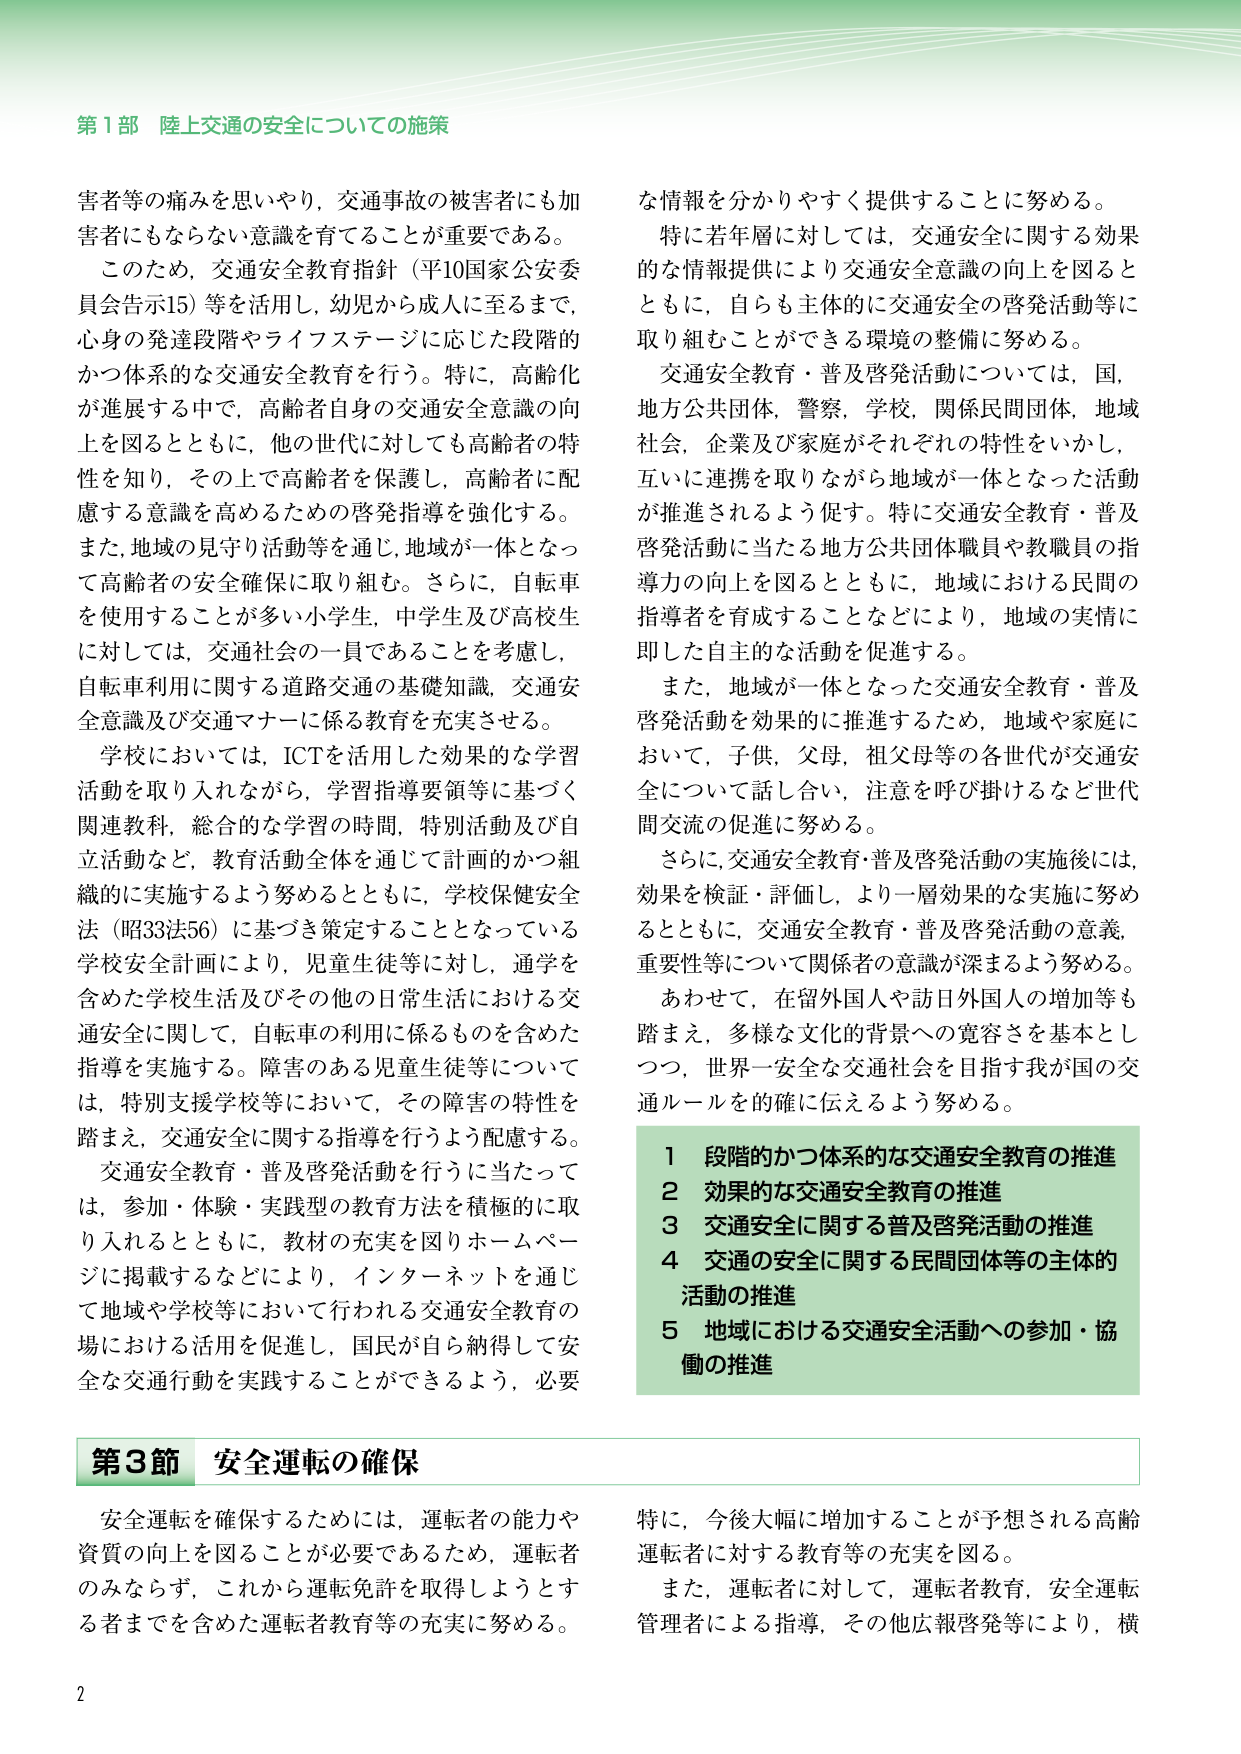
第1部 陸上交通の安全についての施策

害者等の痛みを思いやり，交通事故の被害者にも加害者にもならない意識を育てることが重要である。
このため，交通安全教育指針（平10国家公安委員会告示15）等を活用し，幼児から成人に至るまで，心身の発達段階やライフステージに応じた段階的かつ体系的な交通安全教育を行う。特に，高齢化が進展する中で，高齢者自身の交通安全意識の向上を図るとともに，他の世代に対しても高齢者の特性を知り，その上で高齢者を保護し，高齢者に配慮する意識を高めるための啓発指導を強化する。また，地域の見守り活動等を通じ，地域が一体となって高齢者の安全確保に取り組む。さらに，自転車を使用することが多い小学生，中学生及び高校生に対しては，交通社会の一員であることを考慮し，自転車利用に関する道路交通の基礎知識，交通安全意識及び交通マナーに係る教育を充実させる。
学校においては，ICTを活用した効果的な学習活動を取り入れながら，学習指導要領等に基づく関連教科，総合的な学習の時間，特別活動及び自立活動など，教育活動全体を通じて計画的かつ組織的に実施するよう努めるとともに，学校保健安全法（昭33法56）に基づき策定することとなっている学校安全計画により，児童生徒等に対し，通学を含めた学校生活及びその他の日常生活における交通安全に関して，自転車の利用に係るものを含めた指導を実施する。障害のある児童生徒等については，特別支援学校等において，その障害の特性を踏まえ，交通安全に関する指導を行うよう配慮する。
交通安全教育・普及啓発活動を行うに当たっては，参加・体験・実践型の教育方法を積極的に取り入れるとともに，教材の充実を図りホームページに掲載するなどにより，インターネットを通じて地域や学校等において行われる交通安全教育の場における活用を促進し，国民が自ら納得して安全な交通行動を実践することができるよう，必要な情報を分かりやすく提供することに努める。
特に若年層に対しては，交通安全に関する効果的な情報提供により交通安全意識の向上を図るとともに，自らも主体的に交通安全の啓発活動等に取り組むことができる環境の整備に努める。
交通安全教育・普及啓発活動については，国，地方公共団体，警察，学校，関係民間団体，地域社会，企業及び家庭がそれぞれの特性をいかし，互いに連携を取りながら地域が一体となった活動が推進されるよう促す。特に交通安全教育・普及啓発活動に当たる地方公共団体職員や教職員の指導力の向上を図るとともに，地域における民間の指導者を育成することなどにより，地域の実情に即した自主的な活動を促進する。
また，地域が一体となった交通安全教育・普及啓発活動を効果的に推進するため，地域や家庭において，子供，父母，祖父母等の各世代が交通安全について話し合い，注意を呼び掛けるなど世代間交流の促進に努める。
さらに，交通安全教育・普及啓発活動の実施後には，効果を検証・評価し，より一層効果的な実施に努めるとともに，交通安全教育・普及啓発活動の意義，重要性等について関係者の意識が深まるよう努める。
あわせて，在留外国人や訪日外国人の増加等も踏まえ，多様な文化的背景への寛容さを基本としつつ，世界一安全な交通社会を目指す我が国の交通ルールを的確に伝えるよう努める。

1 段階的かつ体系的な交通安全教育の推進
2 効果的な交通安全教育の推進
3 交通安全に関する普及啓発活動の推進
4 交通の安全に関する民間団体等の主体的活動の推進
5 地域における交通安全活動への参加・協働の推進

第3節 安全運転の確保

安全運転を確保するためには，運転者の能力や資質の向上を図ることが必要であるため，運転者のみならず，これから運転免許を取得しようとする者までを含めた運転者教育等の充実に努める。
特に，今後大幅に増加することが予想される高齢運転者に対する教育等の充実を図る。
また，運転者に対して，運転者教育，安全運転管理者による指導，その他広報啓発等により，横

2